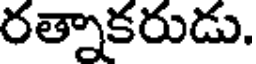
రత్నాకరుడు.